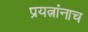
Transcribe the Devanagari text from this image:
प्रयत्नांनाच